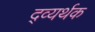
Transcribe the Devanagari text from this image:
द्व्यर्थक